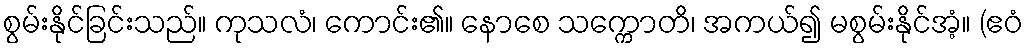
စွမ်းနိုင်ခြင်းသည်။ ကုသလံ၊ ကောင်း၏။ နောစေ သက္ကောတိ၊ အကယ်၍ မစွမ်းနိုင်အံ့။ (ဧဝံ